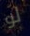
لو